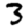
Digit: 3